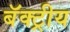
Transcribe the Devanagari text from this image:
बॅक्ट्रीय